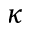
\kappa